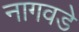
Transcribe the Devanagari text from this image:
नागवडे